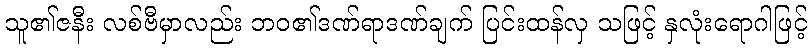
သူ၏ဇနီး လစ်ဗီမှာလည်း ဘဝ၏ဒဏ်ရာဒဏ်ချက် ပြင်းထန်လှ သဖြင့် နှလုံးရောဂါဖြင့်